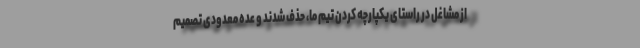
از مشاغل در راستای یکپارچه کردن تیم ما، حذف شدند و عده معدودی تصمیم